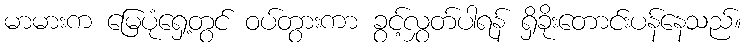
မာမားက မြေပုံရှေ့တွင် ဝပ်တွားကာ ခွင့်လွှတ်ပါရန် ရှိခိုးတောင်းပန်နေသည်။